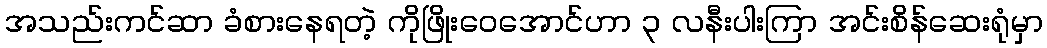
အသည်းကင်ဆာ ခံစားနေရတဲ့ ကိုဖြိုးဝေအောင်ဟာ ၃ လနီးပါးကြာ အင်းစိန်ဆေးရုံမှာ